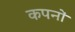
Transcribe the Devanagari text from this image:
कपनों